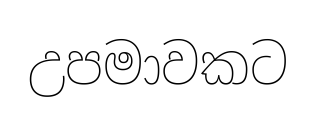
උපමාවකට